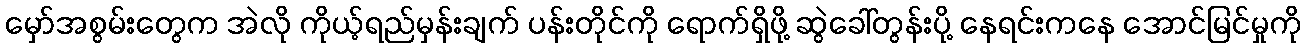
မှော်အစွမ်းတွေက အဲလို ကိုယ့်ရည်မှန်းချက် ပန်းတိုင်ကို ရောက်ရှိဖို့ ဆွဲခေါ်တွန်းပို့ နေရင်းကနေ အောင်မြင်မှုကို